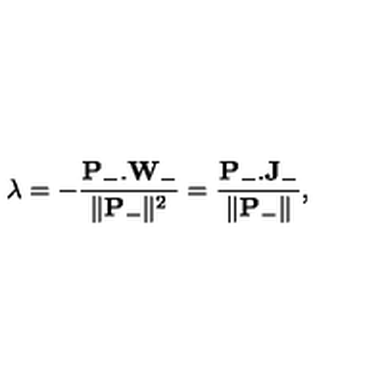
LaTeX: \lambda = - \frac { \mathbf { P } _ { - } . \mathbf { W } _ { - } } { \| \mathbf { P } _ { - } \| ^ { 2 } } = \frac { \mathbf { P } _ { - } . \mathbf { J } _ { - } } { \| \mathbf { P } _ { - } \| } ,